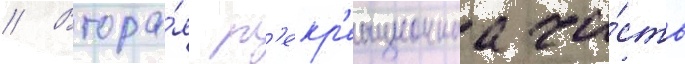
// Втора́я р'екр'еационнаа ча́сть